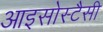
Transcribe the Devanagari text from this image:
आइसोस्टैसी